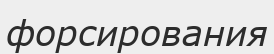
форсирования